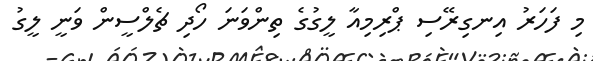
މި ފަހަރު އިނގިރޭސި ޕްރިމިއާ ލީގުގެ ތިންވަނަ ހޯދި ޗެލްސީން ވަނީ ލީގު